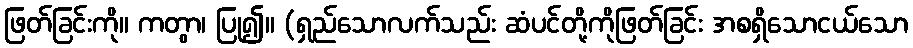
ဖြတ်ခြင်းကို။ ကတွာ၊ ပြု၍။ (ရှည်သောလက်သည်း ဆံပင်တို့ကိုဖြတ်ခြင်း အစရှိသောငယ်သော